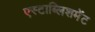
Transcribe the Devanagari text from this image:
एस्टाब्लिशमेंट